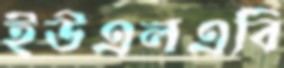
ইউএলএবি